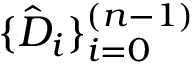
\{ \hat { D } _ { i } \} _ { i = 0 } ^ { ( n - 1 ) }